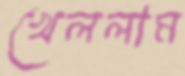
খেললাম